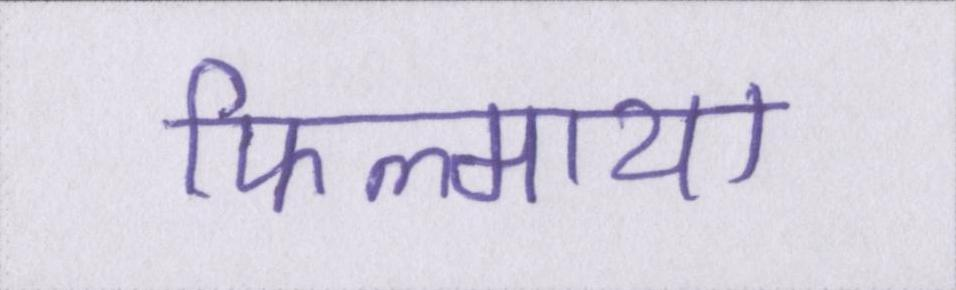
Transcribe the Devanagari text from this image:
फिल्माया